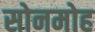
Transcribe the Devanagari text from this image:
सोनमोह